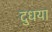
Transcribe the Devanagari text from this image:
दुधया